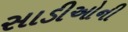
સાડીઓની